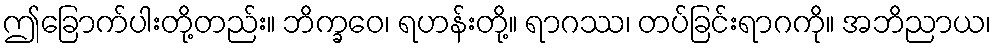
ဤခြောက်ပါးတို့တည်း။ ဘိက္ခဝေ၊ ရဟန်းတို့။ ရာဂဿ၊ တပ်ခြင်းရာဂကို။ အဘိညာယ၊